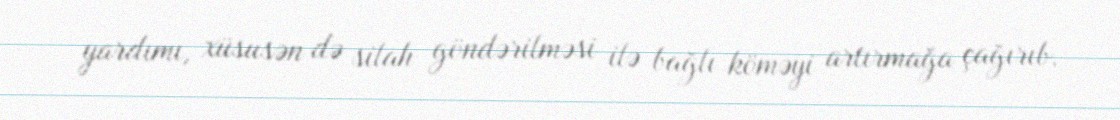
yardımı, xüsusən də silah göndərilməsi ilə bağlı köməyi artırmağa çağırıb.